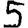
Digit: 5